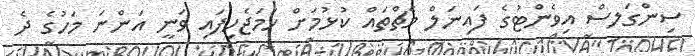
ސިންގަލސް އިވެންޓުގެ ފައިނަލް މެޗްތައް ކުޅުމަށް ހަމަޖެހިފައި ވަނީ އަންނަ މަހުގެ ދެ